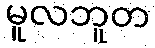
မူလဘူတ